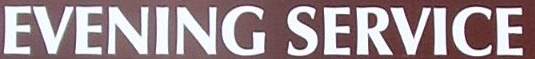
EVENING SERVICE